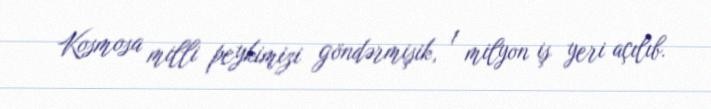
Kosmosa milli peykimizi göndərmişik, 1 milyon iş yeri açılıb.